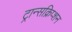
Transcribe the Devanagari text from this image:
ट्रान्सक्रिप्शन